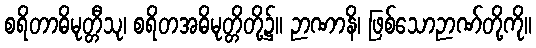
စရိတာဓိမုတ္တီသု၊ စရိတအဓိမုတ္တိတို့၌။ ဉာဏာနိ၊ ဖြစ်သောဉာဏ်တို့ကို။